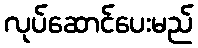
လုပ်ဆောင်ပေးမည်